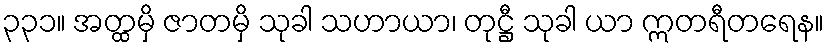
၃၃၁။ အတ္ထမှိ ဇာတမှိ သုခါ သဟာယာ၊ တုဋ္ဌီ သုခါ ယာ ဣတရီတရေန။